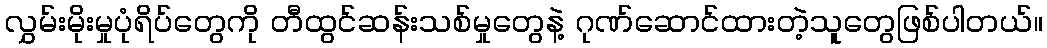
လွှမ်းမိုးမှုပုံရိပ်တွေကို တီထွင်ဆန်းသစ်မှုတွေနဲ့ ဂုဏ်ဆောင်ထားတဲ့သူတွေဖြစ်ပါတယ်။